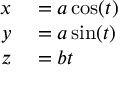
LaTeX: \begin{array} { r l } { x } & { { } = a \cos ( t ) } \\ { y } & { { } = a \sin ( t ) } \\ { z } & { { } = b t \, } \end{array}